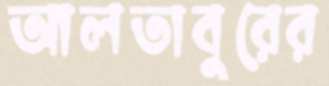
আলতাবুরের